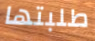
طلبتها